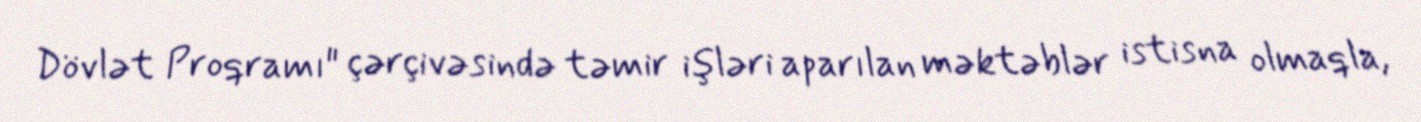
Dövlət Proqramı" çərçivəsində təmir işləri aparılan məktəblər istisna olmaqla,